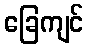
ခြေကျင်